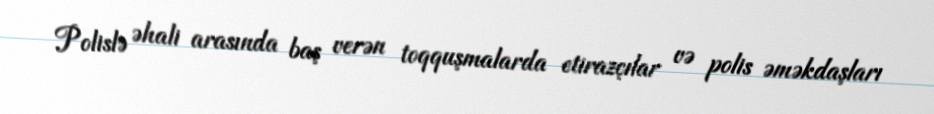
Polislə əhali arasında baş verən toqquşmalarda etirazçılar və polis əməkdaşları